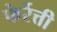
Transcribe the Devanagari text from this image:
फेर्रेत्ती